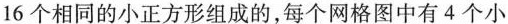
16个相同的小正方形组成的，每个网格图中有4个小